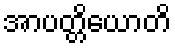
အာပတ္တိယောတိ